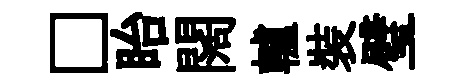
□眙闊轤裝璧